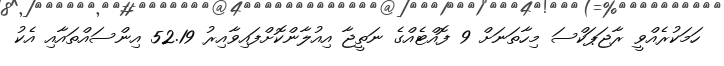
ހަމަކުރެއްވީ ރާޖަޕަކްސަ މިހާތަނަށް 9 ފޮއްޓެއްގެ ނަތީޖާ އިއުލާންކޮށްފައިވާއިރު 52.19 އިންސައްތައާއި އެކު